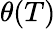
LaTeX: \theta(T)